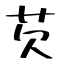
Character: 芡